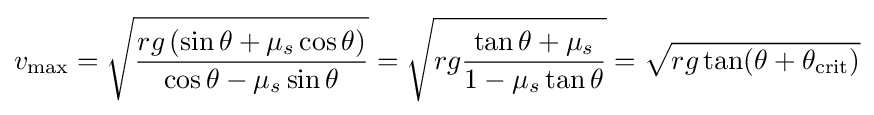
v_{\mathrm {max} }={\sqrt {rg\left(\sin \theta +\mu _{s}\cos \theta \right) \over \cos \theta -\mu _{s}\sin \theta }}={\sqrt {rg{\frac {\tan \theta +\mu _{s}}{1-\mu _{s}\tan \theta }}}}={\sqrt {rg\tan(\theta +\theta _{\mathrm {crit} })}}